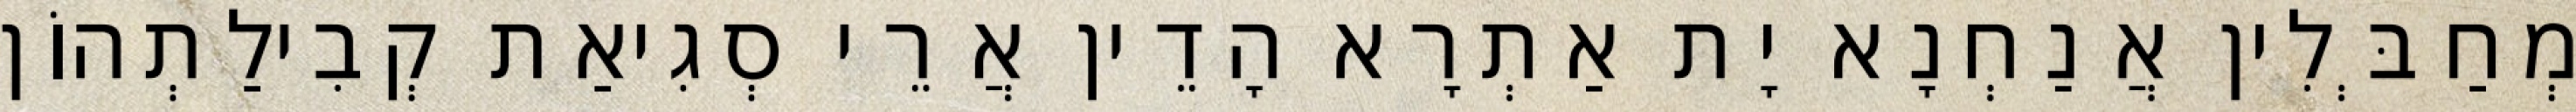
מְחַבְּלִין אֲנַחְנָא יָת אַתְרָא הָדֵין אֲרֵי סְגִיאַת קְבִילַתְהוֹן